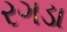
રગડા